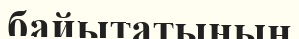
байытатынын